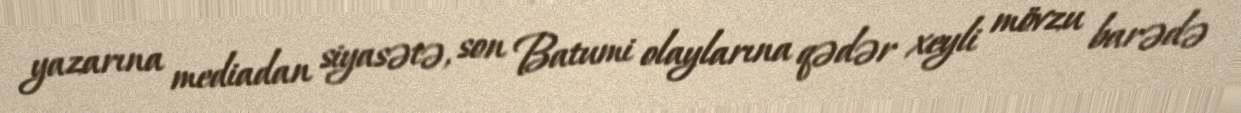
yazarına mediadan siyasətə, son Batumi olaylarına qədər xeyli mövzu barədə